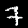
Digit: 7